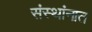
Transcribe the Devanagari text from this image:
संस्थांनात